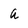
Character: a